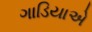
ગાડિયાએ